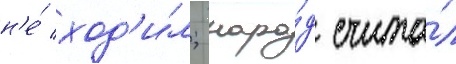
н'е́ ход'и́л; наро́д счита́л